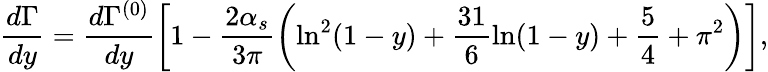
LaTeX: \frac{d\Gamma}{dy}=\frac{d\Gamma^{(0)}}{dy}\left[1-\frac{2\alpha_{s}}{3\pi}\left(\ln^{2}(1-y)+\frac{31}{6}\ln(1-y)+\frac{5}{4}+\pi^{2}\right)\right],